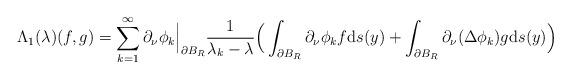
LaTeX: \begin{align*}\Lambda_1(\lambda)(f, g) &= \sum_{k = 1}^\infty \partial_\nu\phi_k\Big\vert_{\partial B_R} \frac{1}{\lambda_k - \lambda} \Big(\int_{\partial B_R} \partial_\nu\phi_k f{\rm d}s(y) + \int_{\partial B_R} \partial_\nu(\Delta\phi_k)g{\rm d}s(y)\Big)\end{align*}